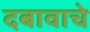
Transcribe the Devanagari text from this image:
दबावाचे